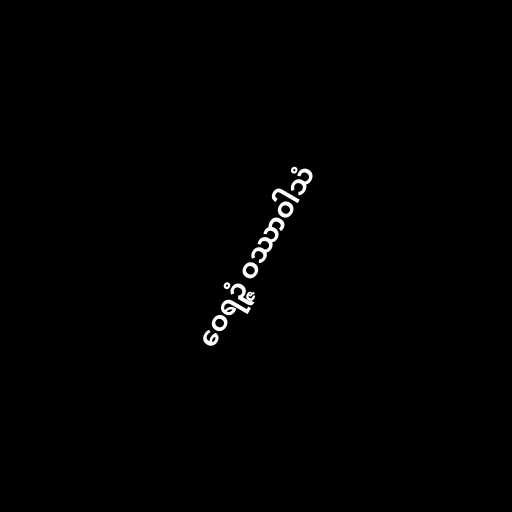
ဝေရဉ္ဇံ ဝဿာဝါသံ